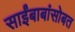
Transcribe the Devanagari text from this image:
साईंबाबांसोबत